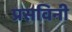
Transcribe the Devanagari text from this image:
प्रसविनी